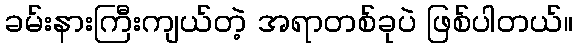
ခမ်းနားကြီးကျယ်တဲ့ အရာတစ်ခုပဲ ဖြစ်ပါတယ်။